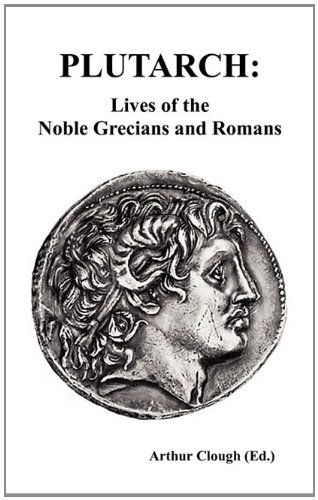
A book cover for PLUTARCH: Lives of the noble Grecians and Romans (Complete and Unabridged); Plutarch; Biographies & Memoirs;